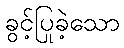
ခွင့်ပြုခဲ့သော